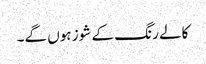
کالے رنگ کے شوز ہوں گے۔